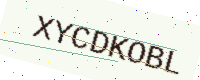
Text: XYCDKOBL